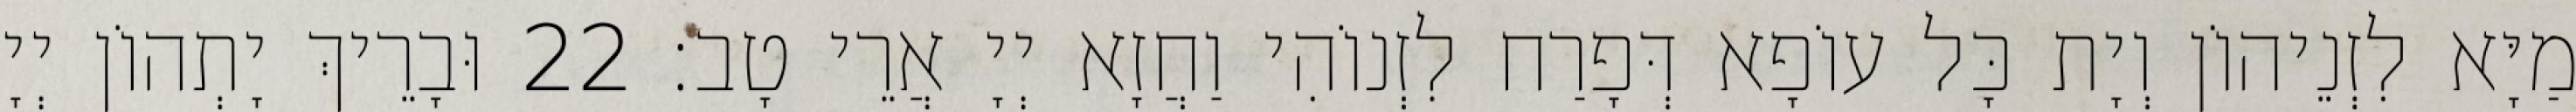
מַיָּא לִזְנֵיהוֹן וְיָת כָּל עוֹפָא דְּפָרַח לִזְנוֹהִי וַחֲזָא יְיָ אֲרֵי טָב׃ 22 וּבָרֵיךְ יָתְהוֹן יְיָ